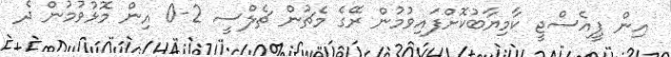
އިން ޕީއެސްޖީ ކާމިޔާބުކޮށްފައިވުމުން ރޭގެ މެޗުން ޗެލްސީ 2-0 އިން މޮޅުވުމުން ދެ